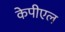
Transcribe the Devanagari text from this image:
केपीएल